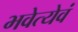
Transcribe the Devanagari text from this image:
भवेत्येवं